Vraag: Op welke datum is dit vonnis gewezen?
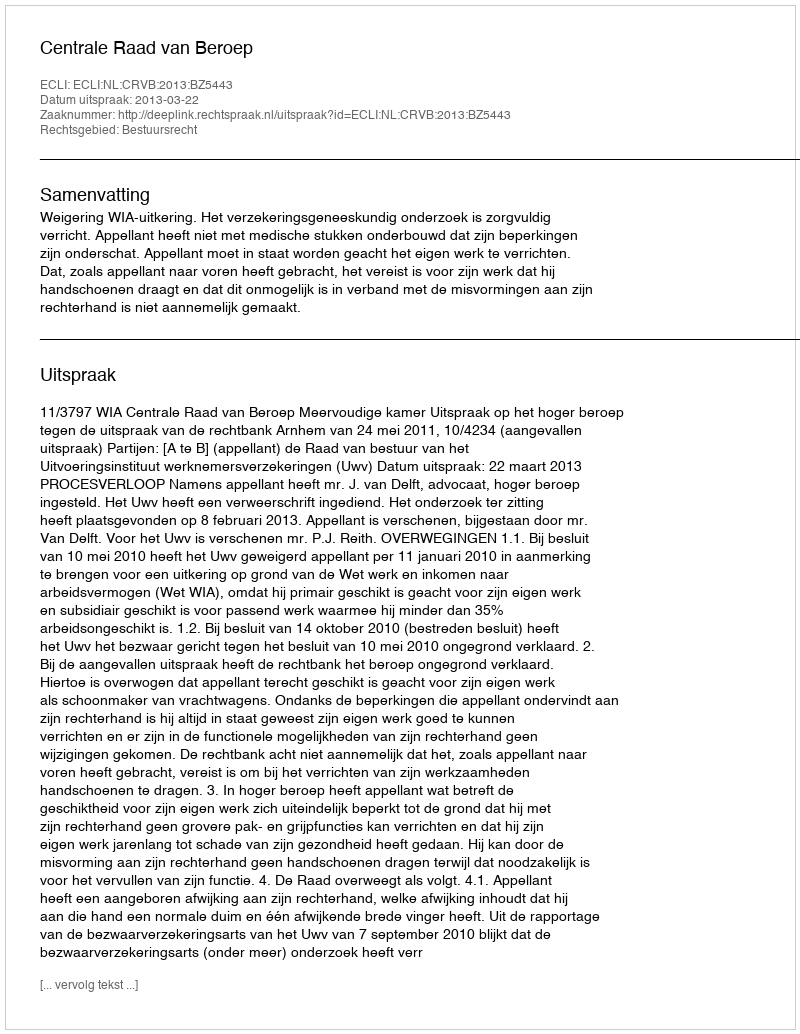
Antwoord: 2013-03-22